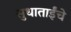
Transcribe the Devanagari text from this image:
सुधाताईंचे